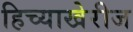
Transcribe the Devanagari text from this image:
हिच्याखेरीज